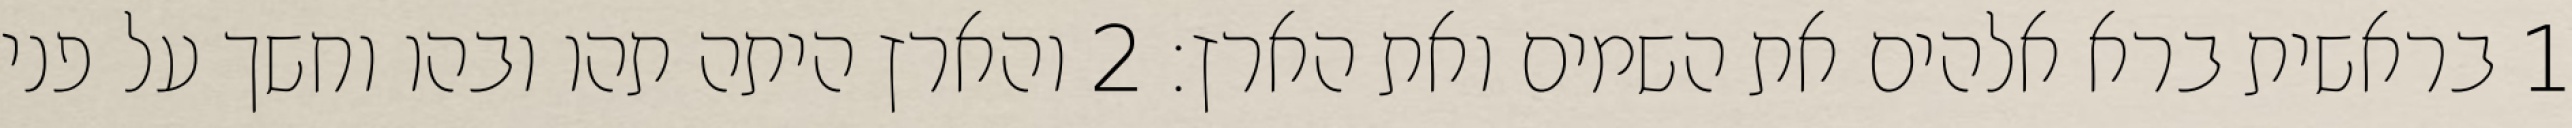
1 בראשית ברא אלהים את השמים ואת הארץ׃ ‎2‏ והארץ היתה תהו ובהו וחשך על פני